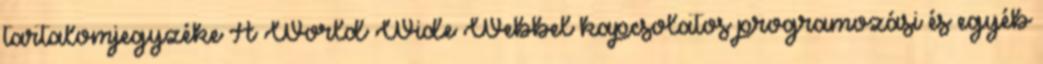
tartalomjegyzéke A World Wide Webbel kapcsolatos programozási és egyéb